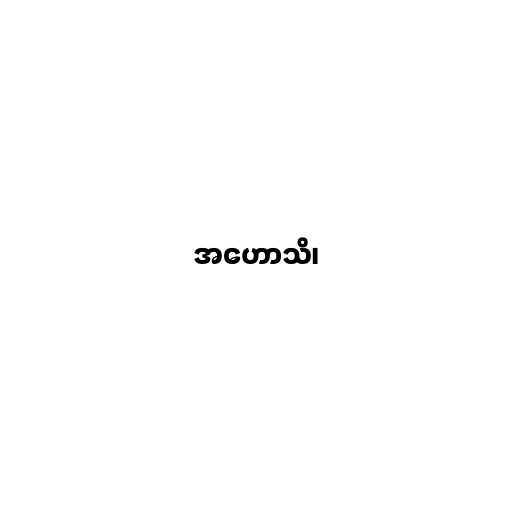
အဟောသိ၊